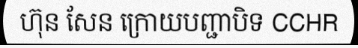
ហ៊ុន សែន ក្រោយបញ្ជាបិទ CCHR